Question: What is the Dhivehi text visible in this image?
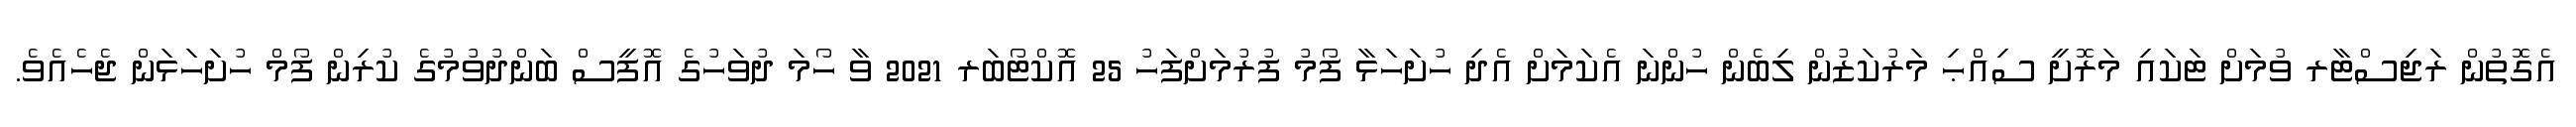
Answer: އެގޮތުން ރަޖިސްޓާރ ވުމަށް ޓަކައި މަރޮށީ ސިއްޙި މަރުކަޒުން ލިބެން ހުންނަ އެކަމަށް އެދި ހުށަހަޅާ ފޯމު ފުރުމަށްފަހު 25 އޮކްޓޯބަރ 2021 ވާ ހޯމަ ދުވަހުގެ އޮފީސް ބަންދުވުމުގެ ކުރިން ފޯމް ހުށަހަޅަން ޖެހެއެވެ.